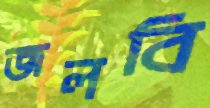
জলবি